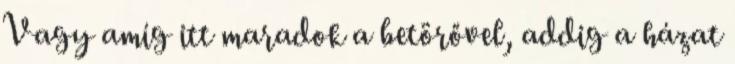
Vagy amíg itt maradok a betörővel, addig a házat